Vaccination in Bombay 1913-1923 - 1913-1923
Year: 1913
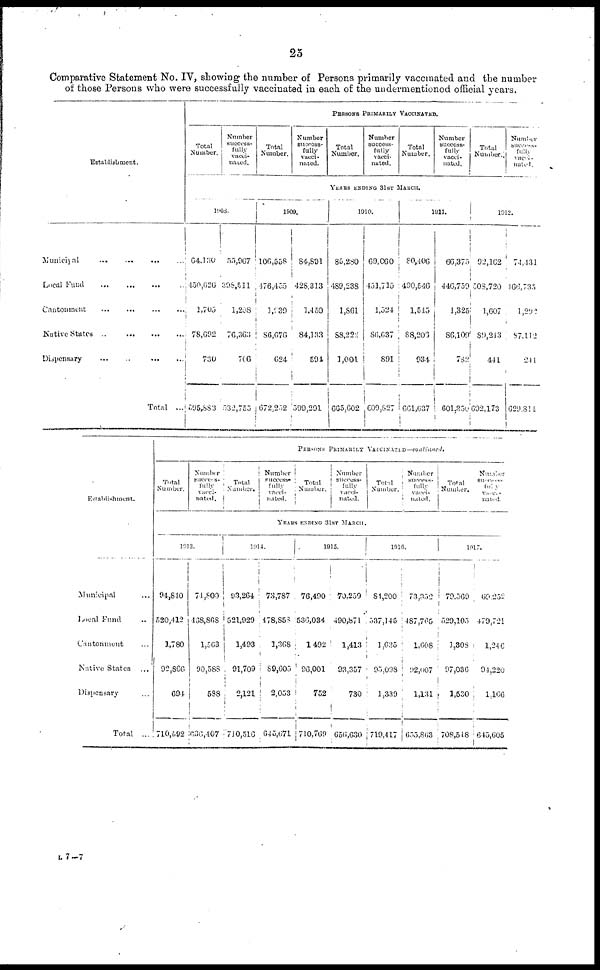
25
Comparative Statement No. IV, showing the number of Persons primarily vaccinated and the number
of those Persons who were successfully vaccinated in each of the undermentioned official years.
Establishment.
Municipal ... ... ... ...
Local Fund
...
...
...
...
Cantonment ... ... ... ...
Native States
...
...
...
...
Dispensary
...
...
...
Total ...
PERSONS PRIMARILY VACCINATED.
Total
Number.
Number
success-
fully
vacci-
nated.
Total
Number.
Number
success-
fully
vacci-
nated.
Total
Number.
Number
success-
fully
vacci-
nated.
Total
Number.
Number
success-
fully
vacci-
nated.
Total
Number.
Number
success-
fully
vacci-
nated.
YEARS ENDING 31ST MARCH.
1908.
64,130
450,626
1,705
78,692
730
595,883
55,967
398,511
1,208
76,363
706
532,755
1909.
106,558
476,455
1,939
86,676
624
672,252
84,801
428,313
1,450
84,133
594
599,291
1910.
85,280
489,238
1,861
88,222
1,001
665,602
69,060
451,715
1,524
86,637
891
609,827
1911.
80,406
490,546
1,545
88,206
934
661,637
66,375
446,759
1,325
86,109
782
601,350
1912.
92,162
508,720
1,607
89,243
441
692,173
74,431
466,735
1,292
87,112
241
629,814
Establishment.
Municipal ...
Local Fund ..
Cantonment ...
Native States ...
Dispensary ...
Total ...
PERSONS
PRIMARILY
VACCINATED—
continued.
Total
Number.
Number
success-
fully
vacci-
nated.
Total
Number.
Number
success-
fully
vacci-
nated.
Total
Number.
Number
success-
fully
vacci-
nated.
Total
Number.
Number
success-
fully
vacci-
nated.
Total
Number.
Number
sucess-
fully
vacci-
nated.
YEARS ENDING 31ST MARCH.
1913.
94,840
520,412
1,780
92,866
694
710,092
74,800
468,868
1,563
90,588
588
636,407
1914.
93,264
521,929
1,493
91,709
2,121
710,516
73,787
478,858
1,368
89,605
2,053
645,671
1915.
76,490
536,034
1,492
96,001
752
710,769
70,259
490,871
1,413
93,357
730
656,630
1916.
84,200
537,145
1,635
95,098
1,339
719,417
73,352
487,765
1,608
92,007
1,131
655,863
1917.
79,569
529,105
1,308
97,036
1,530
708,548
69,252
479,721
1,246
94,220
1,166
645,605
L7—7